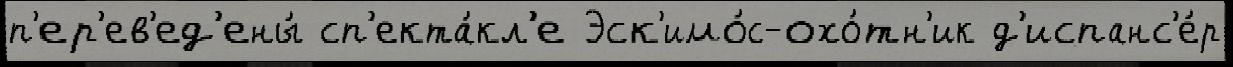
п'ер'ев'ед'ены́ сп'екта́кл'е Эск'имо́с-охо́тн'ик д'испанс'е́р